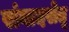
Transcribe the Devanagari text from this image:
संवादसेतू